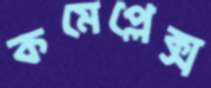
কমেপ্লেক্স